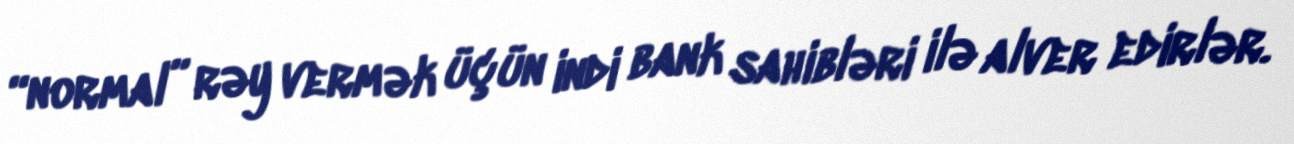
“normal” rəy vermək üçün indi bank sahibləri ilə alver edirlər.